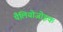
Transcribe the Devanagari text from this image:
पैलियोजोइक